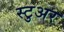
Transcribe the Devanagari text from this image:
स्टुअर